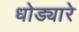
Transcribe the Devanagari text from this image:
धोड्यारे